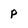
Character: p